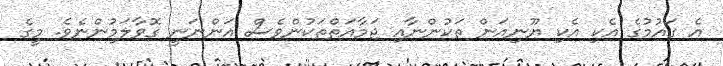
އެ ގައުމުގެ އެކި އެކި ޔޫނިއަން ތަކުންނާއި ޖަމާއަތްތަކުންވެސް އަންނަނީ ގޮވާލަމުންނެވެ. މީގެ